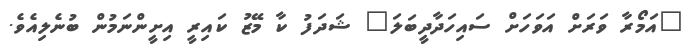
"އަމޯރާ ވަރަށް އަވަހަށް ސައިހަދާދީބަލަ" ޝަދަފު ކާ މޭޒު ކައިރީ އިށީންނަމުން ބުނެލިއެވެ.